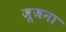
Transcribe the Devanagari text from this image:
जूजना